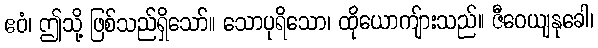
ဧဝံ၊ ဤသို့ ဖြစ်သည်ရှိသော်။ သောပုရိသော၊ ထိုယောကျ်ားသည်။ ဇီဝေယျနုခေါ၊